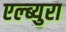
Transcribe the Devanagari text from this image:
एल्ब्युरा